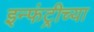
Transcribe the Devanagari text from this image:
इन्फंट्रीच्या